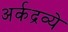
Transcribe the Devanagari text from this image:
अर्कद्रव्ये